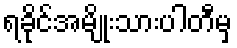
ရခိုင်အမျိုးသားပါတီမှ